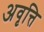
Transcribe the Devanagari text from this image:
अवृत्ति